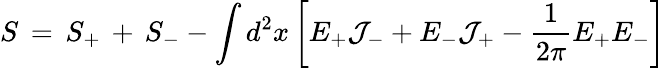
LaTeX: S\, =\, S_{+}\, +\, S_{-}-\int d^{2}x\left[E_{+}{\cal J}_{-}+E_{-}{\cal J}_{+}-{\frac{1}{2\pi}}E_{+}E_{-}\right]